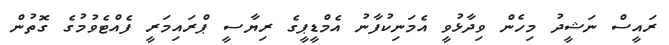
ރައީސް ނަޝީދު މިހެން ވިދާޅުވީ އެމަނިކުފާނު އެމްޑީޕީގެ ރިޔާސީ ޕްރައިމަރީ ފެއްޓެވުމުގެ ގޮތުން